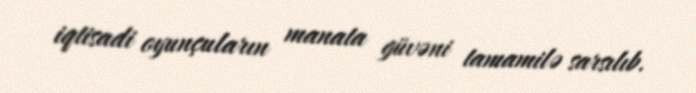
iqtisadi oyunçuların manata güvəni tamamilə sarsılıb.